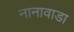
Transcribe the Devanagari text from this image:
नानावाडा